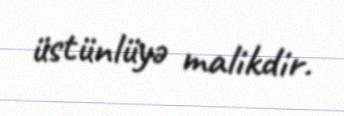
üstünlüyə malikdir.